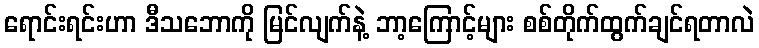
ရောင်းရင်းဟာ ဒီသဘောကို မြင်လျက်နဲ့ ဘာ့ကြောင့်များ စစ်တိုက်ထွက်ချင်ရတာလဲ